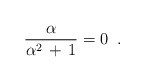
\begin{align*}\frac{\alpha}{\alpha^2\,+\,1}=0\;\;. \end{align*}